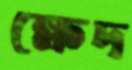
ক্ষেদ